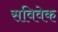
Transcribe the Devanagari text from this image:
सविवेक